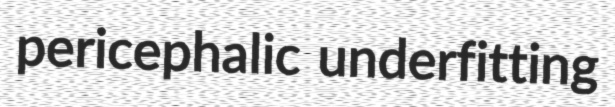
pericephalic underfitting